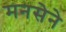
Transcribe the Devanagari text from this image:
मनसेने